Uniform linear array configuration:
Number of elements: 64
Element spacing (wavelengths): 1
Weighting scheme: exponential
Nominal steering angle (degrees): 60
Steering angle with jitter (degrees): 58.832
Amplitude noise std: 0.05
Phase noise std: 0.05

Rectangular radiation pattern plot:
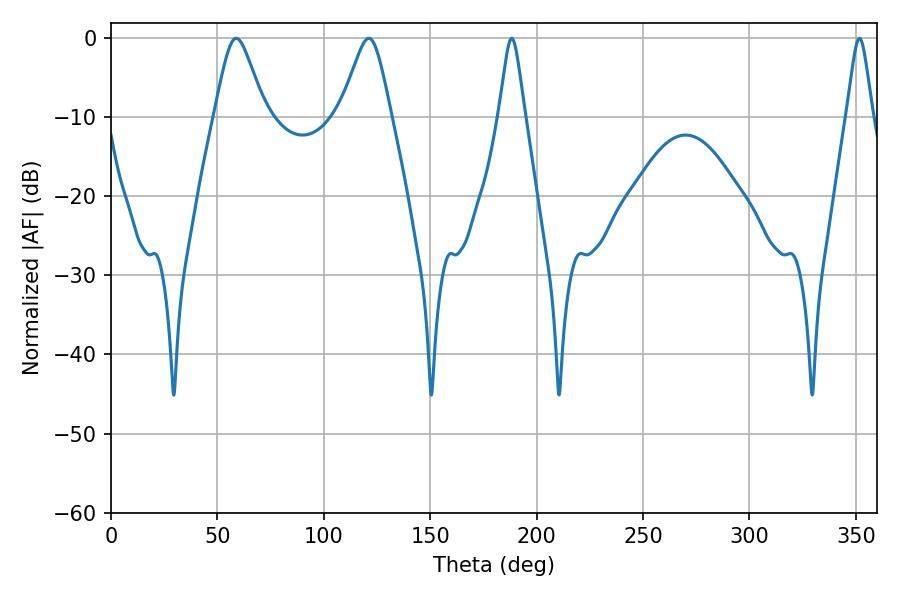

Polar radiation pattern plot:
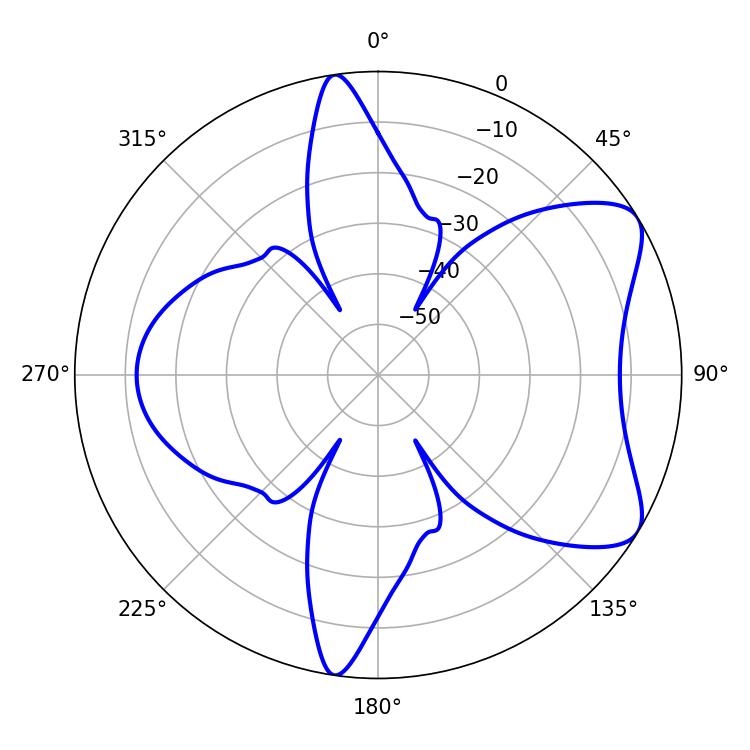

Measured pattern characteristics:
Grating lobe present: TRUE
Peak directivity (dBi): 7.277
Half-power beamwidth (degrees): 11.34
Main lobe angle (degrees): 58.86